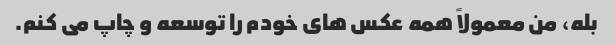
بله، من معمولاً همه عکس های خودم را توسعه و چاپ می کنم.